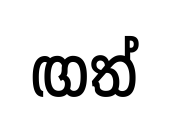
ඟත්